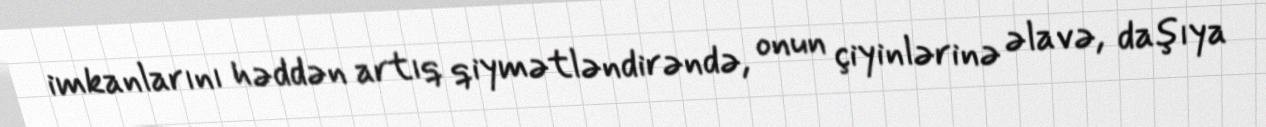
imkanlarını həddən artıq qiymətləndirəndə, onun çiyinlərinə əlavə, daşıya